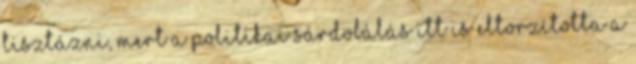
tisztázni, mert a politikai sárdobálás itt is eltorzította a